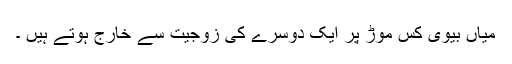
میاں بیوی کس موڑ پر ایک دوسرے کی زوجیت سے خارج ہوتے ہیں ۔